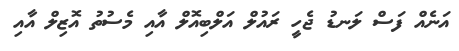
އަނެއް ފަސް ލަނޑު ޖެހީ ރައުލް އަލްބިއޮލް އާއި މެސުތު އޮޒިލް އާއި